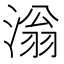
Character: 滃